Trukikaitis_Postimees, lk 7
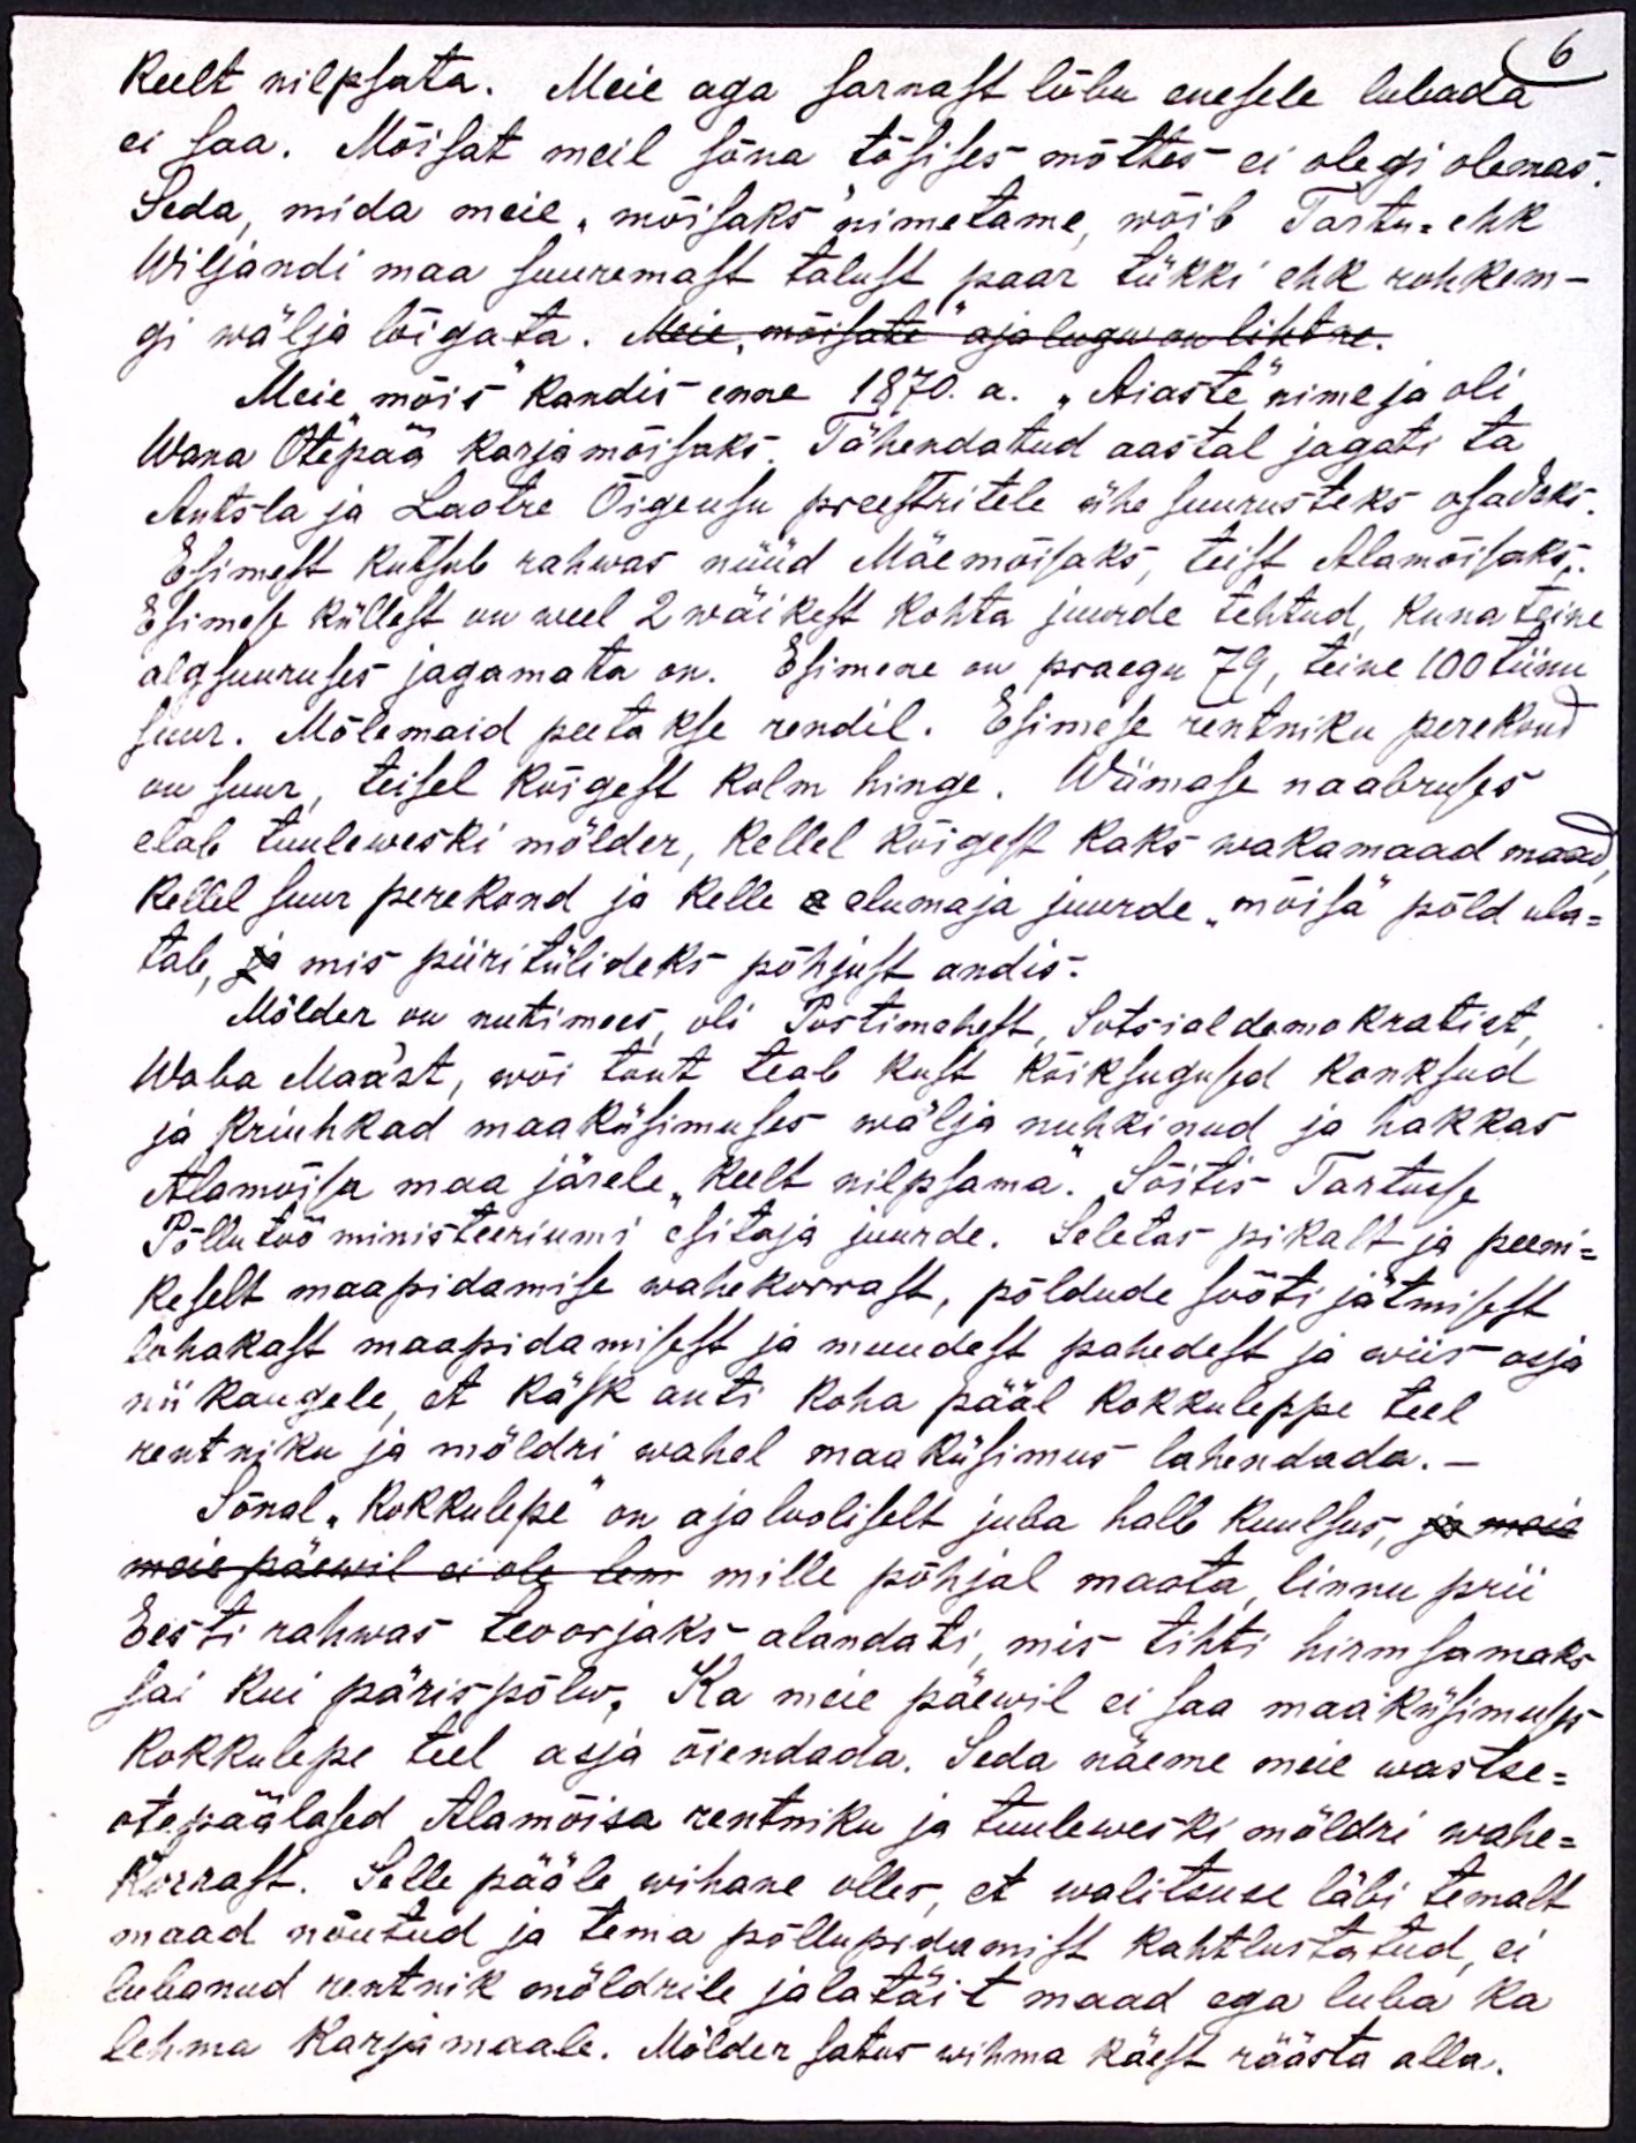
6
Keelt vilpsata. Meie aga sarnast lõbu enesele lubada
ei saa. Mõisat meil sõna tõsises mõttes ei olegi olemas.
Seda, mida meie, mõisaks nimetame, wõib Tartu ehk
Wiljandi maa suuremast talust paar tükki ehk rohkem-
gi wälja lõigata. Meie mõisate ajalugu on lihtne.
Meie mõis kandis enne 1870. a. "Aiaste" nime ja oli,
Wana Otepää karjamõisaks. Tähendatud aastal jagati ta
Antsla ja Laatre Õigeusu preestritele ühe suurusteks osadeks.
Esimest kutsub rahwas nüüd Mäemõisaks, teist Alamõisaks.
Esimese küllest on weel 2 wäikest kohta juurde tehtud, kuna teine
algsuuruses jagamata on. Esimene on praegu 79, teine 100 tiinu
suur. Mõlemaid peetakse rendil. Esimese rentniku perekond
on suur, teisel kõigest kolm hinge. Wiimase naabruses
elab tuuleweski mölder, kellel kõigest kaks wakamaad maad
Kellel suur perekond ja kelle elumaja juurde "mõisa" põld ula-
tab, ja mis piiritülideks põhjust andis.
Mölder on nutimees, oli Postimehest, Sotsialdemokratist,
Waba Maast, wõi tont teab kust kõiksugused konksud
ja kriuhkad maaküsimuses wälja nuhkinud ja hakkas
Alamõisa maa järele, keelt vilpsama. Sõitis Tartusse
Põllutööministeeriumi esitaja juurde. Seletas pikalt ja peeni-
keselt maapidamise wahekorrast, põldude sööti jätmisest
lohakast maapidamisest ja muudest pahedest ja wiis asja
nii kaugele, et käsk anti koha pääl kokkuleppe teel
rentniku ja möldri wahel maaküsimus lahendada.
Sõnal "Kokkulepe" on ajalooliselt juba halb kuulsus, ja meie
meie päewil ei ole tem mille põhjal maata, linnu prii
Eesti rahwas teoorjaks alandati, mis tihti hirmsamaks
sai kui pärispõlw. Ka meie päewil ei saa maaküsimust
kokkulepe teel asja õiendada. Seda näeme meie wastse-
otepäälased Alamõisa rentniku ja tuuleweski möldri wahe-
korrast. Selle pääle wihane olles, et walitsuse läbi temalt
maad nõutud ja tema põllupidamist kahtlustatud, ei
lubanud rentnik möldrile jalatäit maad ega luba ka
lehma Karja maale. Mölder satus wihma käest räästa alla.